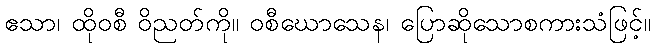
ဧသာ၊ ထိုဝစီ ဝိညတ်ကို။ ဝစီဃောသေန၊ ပြောဆိုသောစကားသံဖြင့်။